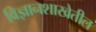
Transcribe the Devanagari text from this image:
विज्ञानशाखेतील